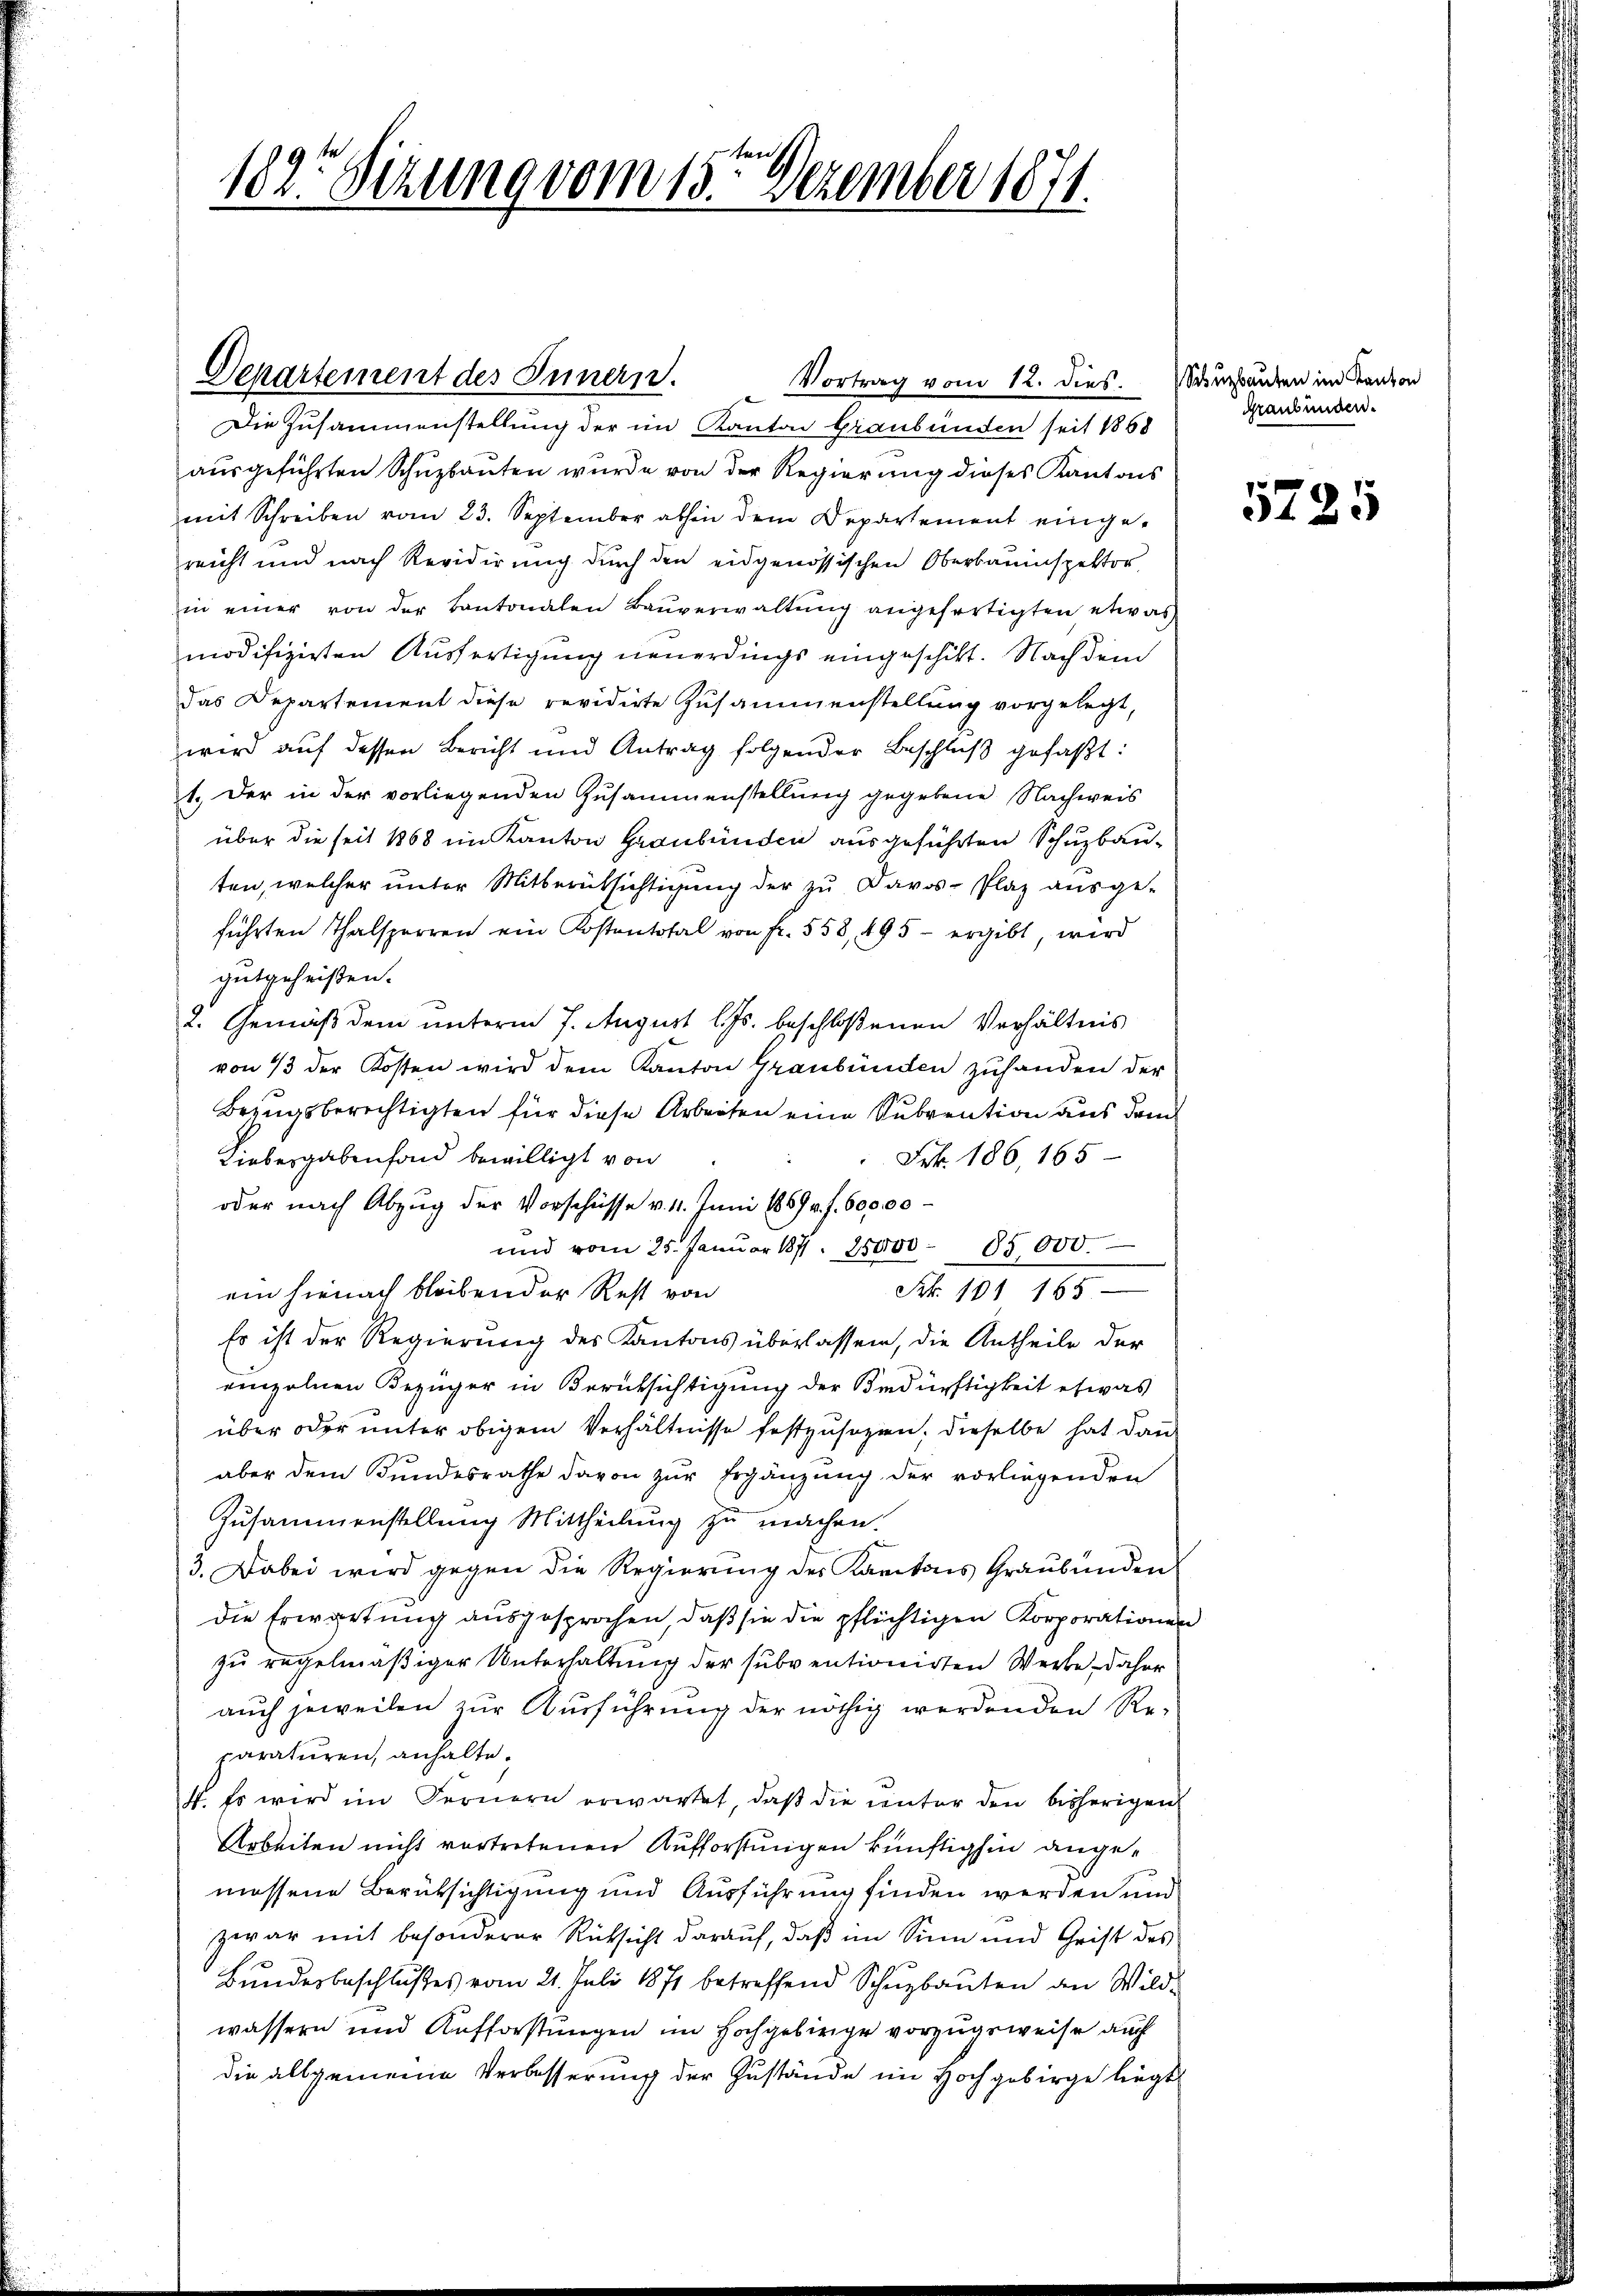
182. Sitzung vom 15ten Dezember 1871.

Departement des Innern.
Vortrag vom 12. dies. Siezbauten im Kanton
Die Zusammenstellung der im Kanton Graubünden seit 1868
ausgeführten Schuzbauten wurde von der Regierung dieses Kantons
mit Schreiben vom 23. September abhin dem Departement eingereicht und nach Revidirung durch den eidgenössischen Oberbauinspektor
in einer von der Cantonalen Baŭverwaltŭng angefertigten etwas
modifizirten Ausfertigung neuerdings eingeschickt. Nach dem
das Departement diese revidirte Zusammenstellung vorgelegt,
wird auf dessen Bericht und Antrag folgender Beschluß gefaßt:
1. Der in der vorliegenden Zusammenstellung gegebene Nachweis
über die seit 1868 im Kanton Graubünden ausgeführten Schuzbauten, welcher unter Mitberücksichtigung der zu Davos- Plaz ausge-
führten Thalsperren ein Kostentotal von fr. 558, 495 - ergibt wird
gutgeheißen.
2. Gemäß dem unterm 7. August l. Js. beschloßenen Verhältnis
von 13 der Kosten wird dem Kanton Graubünden zuhanden der
Bezugsberechtigten für diese Arbeiten eine Subvention aus dem
Frk. 186, 165
Liebesgabenfond bewilligt von
oder nach Abzug der Vorschüsse v. 11. Juni 1869 v. f. 600,00
und vom 25. Janŭar 187. 25000 - 85000.
Frk. 101 165
ein hienach bleibender Rest von
Es ist der Regierung des Kantons überlassen, die Antheile der
einzelnen Bezüger in Berücksichtigung der Bedürftigkeit etwas
über oder unter obigem Verhältnisse festzusehen, dieselbe hat dann
aber dem Bundesrathe davon zur Ergänzung der vorliegenden
Zusammenstellung Mittheilung zu machen.
3. Dabei wird gegen die Regierung des Kantons Graubünden
die Erwartung ausgesprochen, daβ sie die pflüchtigen Korporationen
zu regelmäßiger Unterhaltung der subventionirten Werte daher
auch jeweilen zur Ausführung der nöthig werdenden Re-
paraturen, anhalte.
4. Es wird im Fernern erwartet, daß die unter den bisherigen
Arbeiten nicht vortretenen Aufforstungen künftighin angemossene Berüksichtigung und Ausführung finden werden und
zwar mit besonderer Rücksicht darauf, daß im Sinn und Crist des
Bundesbeschlußes vom 21. Juli 1871 betreffend Schuzbauten an Wildwassern und Aufforstungen im Hochgebirge vorzugeweise auch
die allgemeine Verbesserung der Zustände im Hochgebirge liegt

Graubünden.

5725